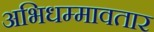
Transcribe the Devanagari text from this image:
अभिधम्मावतार